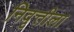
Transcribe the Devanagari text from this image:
निवृत्तीला